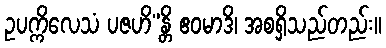
ဥပက္ကိလေသံ ပဇဟိ”န္တိ ဧဝမာဒိ၊ အစရှိသည်တည်း။